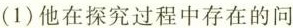
(1)他在探究过程中存在的问